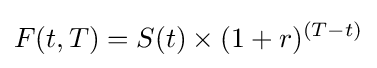
F(t,T)=S(t)\times (1+r)^{(T-t)}